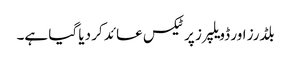
بلڈرز اور ڈویلپرز پر ٹیکس عائد کر دیا گیا ہے۔